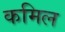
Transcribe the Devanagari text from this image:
कमिल